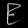
Digit: ၉